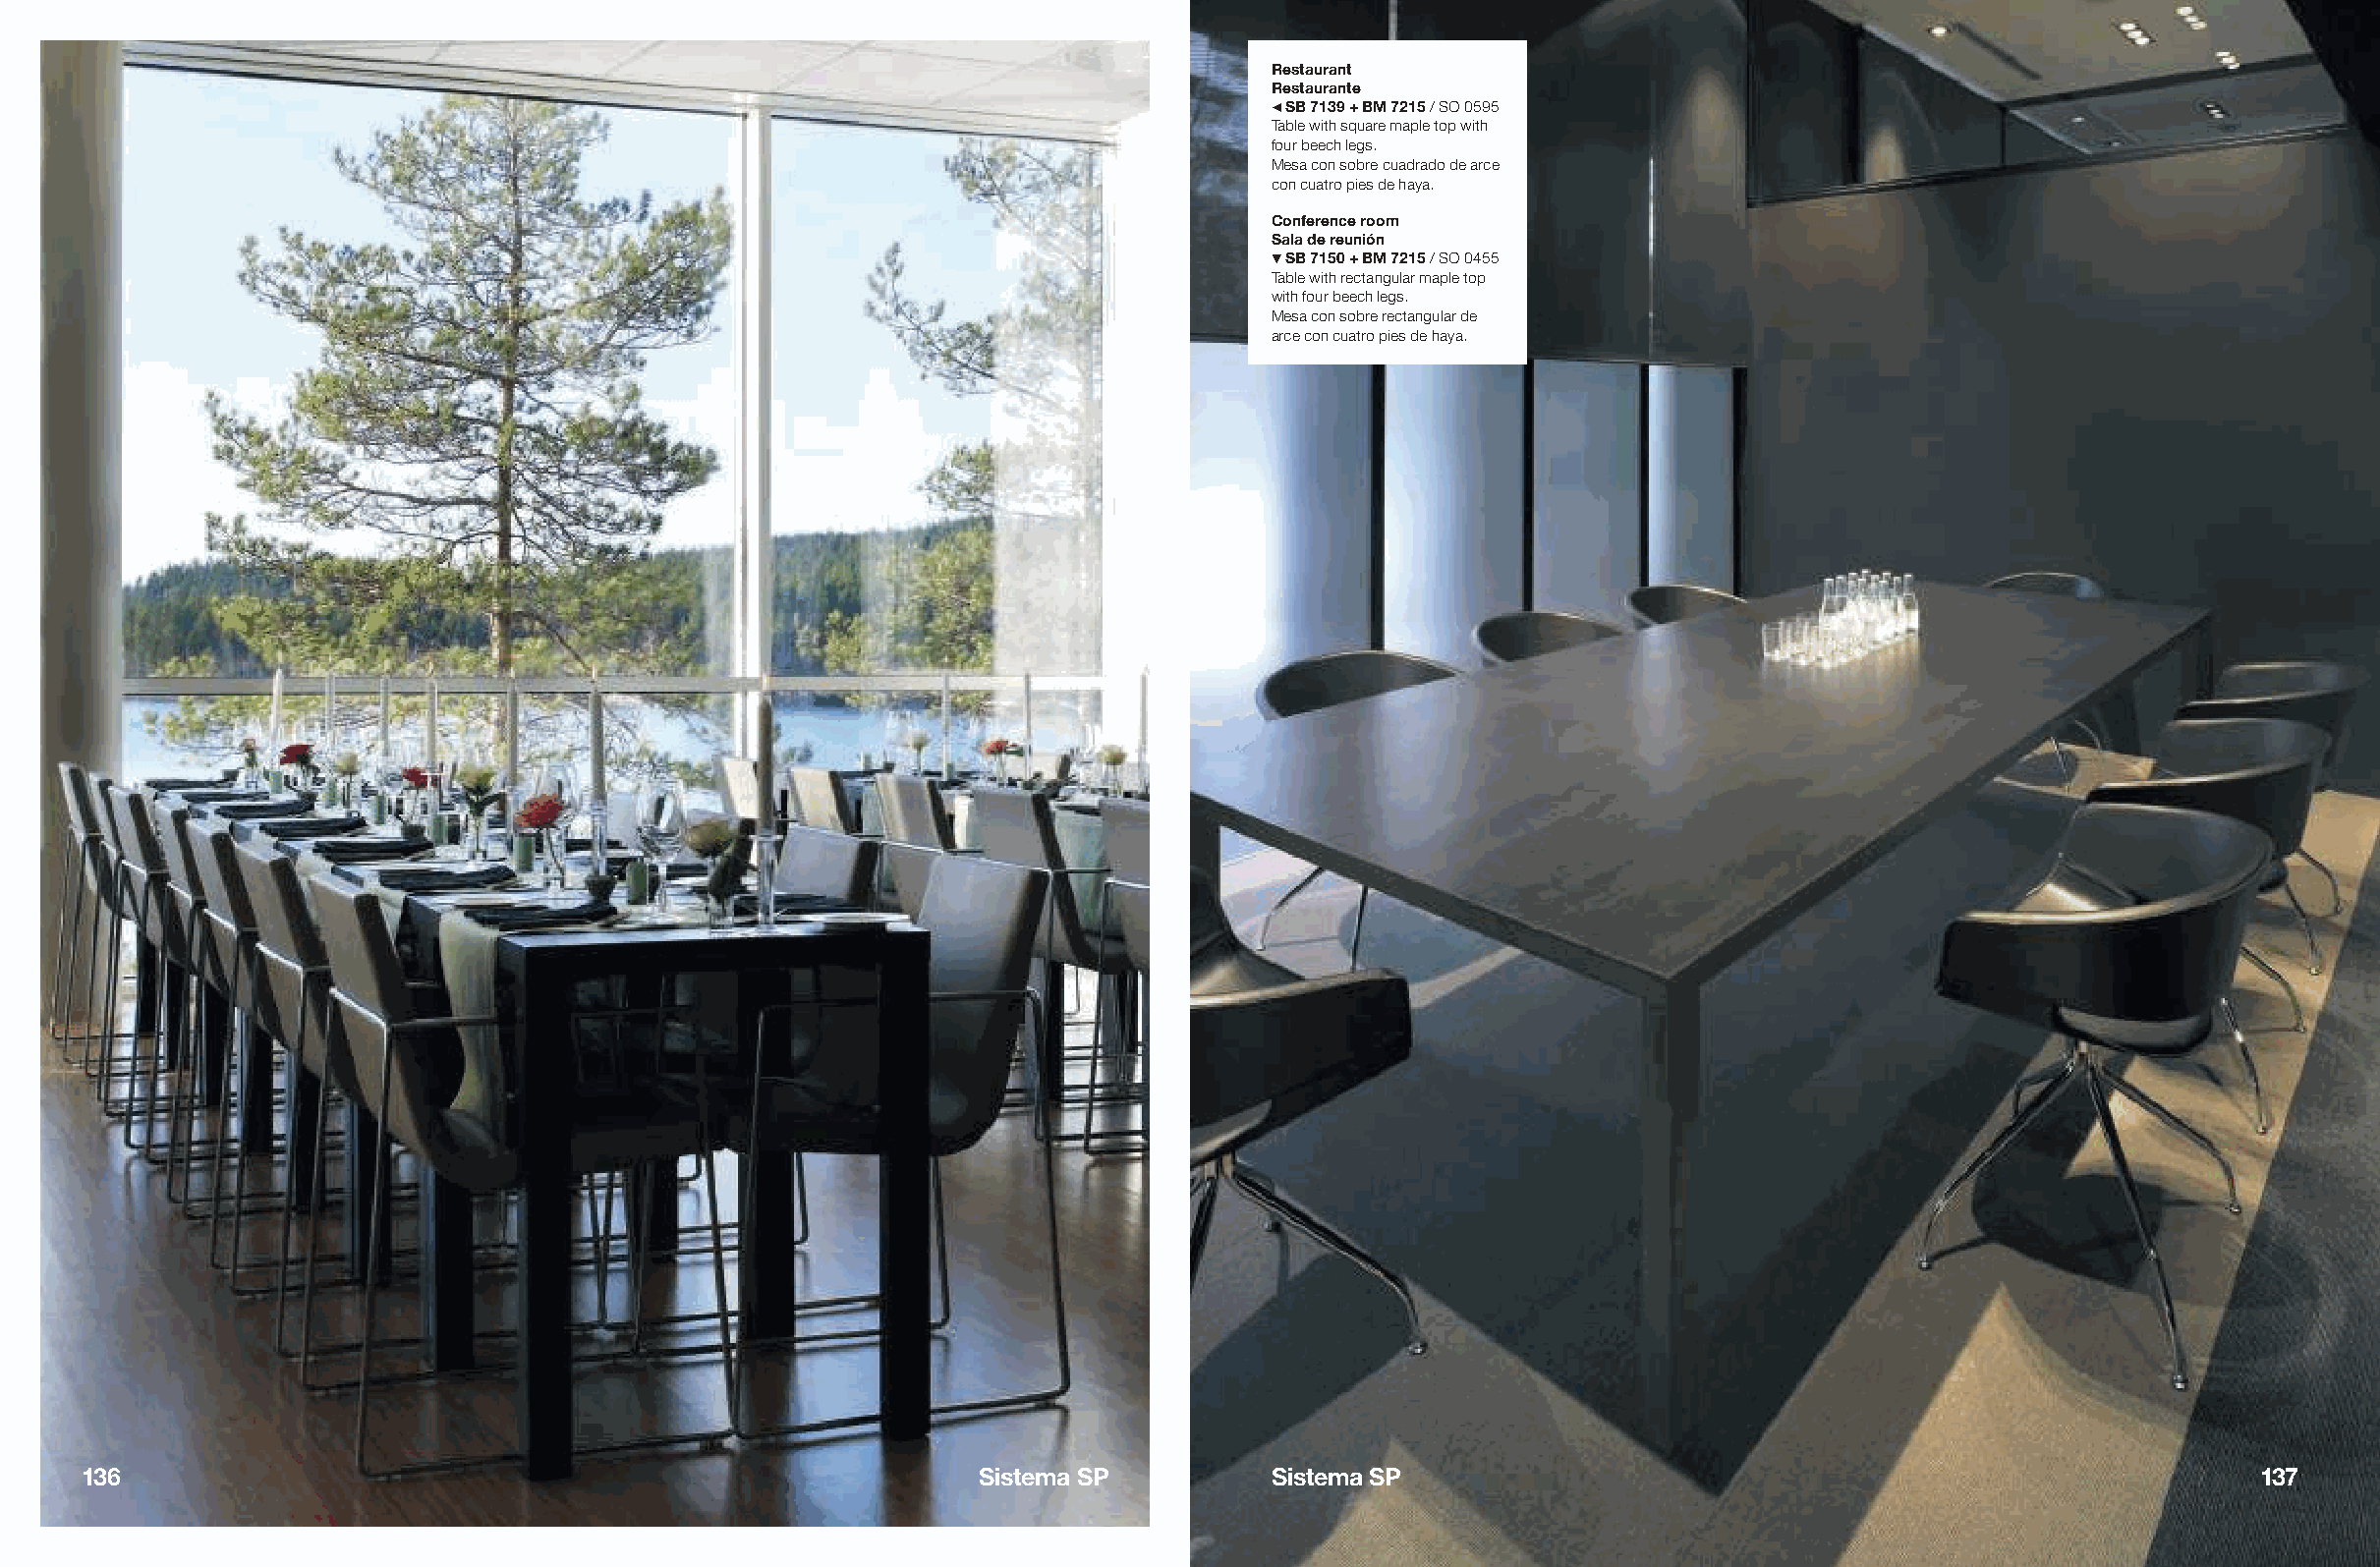
Restaurant
 Restaurante
 # SB 7139 + BM 7215 / SO 0595
 Table with square maple top with
 four beech legs.
 Mesa con sobre cuadrado de arce
 con cuatro pies de haya.
 Conference room
 Sala de reunión
 ! SB 7150 + BM 7215 / SO 0455
 Table with rectangular maple top
 with four beech legs.
 Mesa con sobre rectangular de
 arce con cuatro pies de haya.
 136                                                          Sistema SP          Sistema SP                                                        137